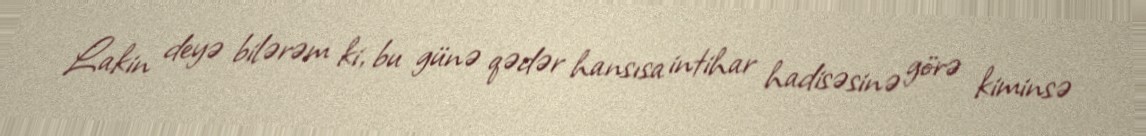
Lakin deyə bilərəm ki, bu günə qədər hansısa intihar hadisəsinə görə kiminsə